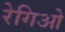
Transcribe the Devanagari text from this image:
रेगिओ